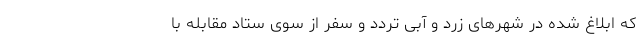
که ابلاغ شده در شهرهای زرد و آبی تردد و سفر از سوی ستاد مقابله با